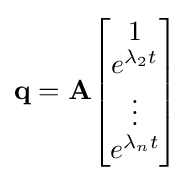
\mathbf {q} =\mathbf {A} {\begin{bmatrix}1\\e^{\lambda _{2}t}\\\vdots \\e^{\lambda _{n}t}\\\end{bmatrix}}